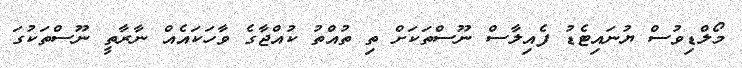
މޯލްޑިވުސް ޔުނައިޓެޑު ފެއިލާސް ނޫސްތަކަށް ތި ތުއްތު ކުއްޖާގެ ވާހަކައެއް ނާރާތީ ނޫސްތަކުގަ